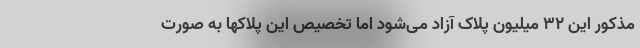
مذکور این 32 میلیون پلاک آزاد می‌شود اما تخصیص این پلاکها به صورت